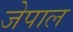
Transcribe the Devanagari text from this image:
जेपाल